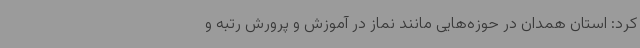
کرد: استان همدان در حوزه‌هایی مانند نماز در آموزش و پرورش رتبه و